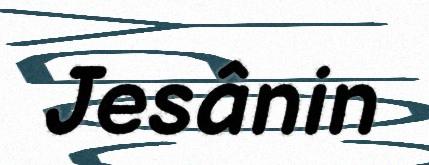
Jesânin